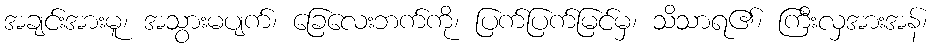
အချင်းအားမူ၊ အသွားမပျက်၊ ခြေလေးဘက်ကို၊ ပြက်ပြက်မြင်မှ၊ သိသာရ၏၊ ကြီးလှအားအန်၊